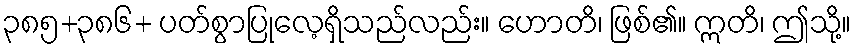
၃၈၅+၃၈၆+ ပတ်စွာပြုလေ့ရှိသည်လည်း။ ဟောတိ၊ ဖြစ်၏။ ဣတိ၊ ဤသို့။